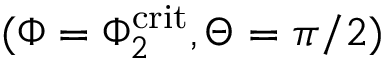
( \Phi = \Phi _ { 2 } ^ { \mathrm { c r i t } } , \Theta = \pi / 2 )